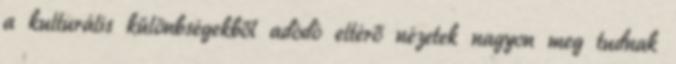
a kulturális különbségekből adódó eltérő nézetek nagyon meg tudnak